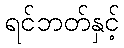
ရင်ဘတ်နှင့်